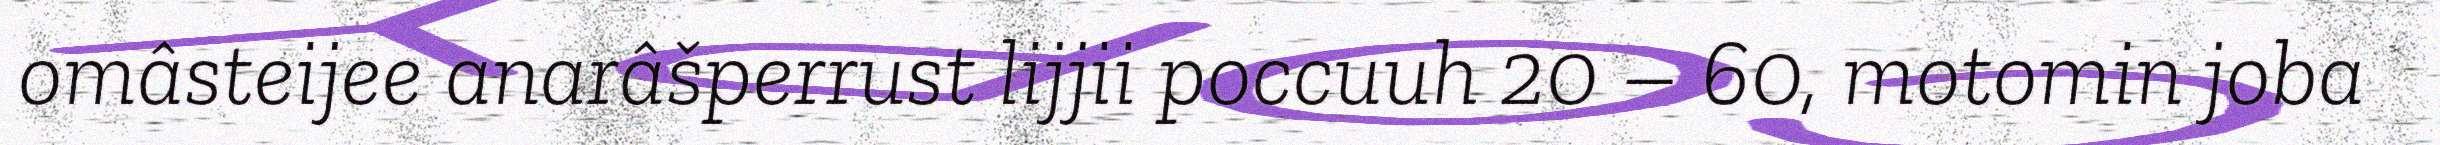
omâsteijee anarâšperrust lijjii poccuuh 20 – 60, motomin joba